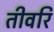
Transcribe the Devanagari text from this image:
तीवरि